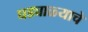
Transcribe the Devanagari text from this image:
घड्याळ्याचे